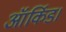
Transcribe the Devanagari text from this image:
ऑर्किड।